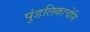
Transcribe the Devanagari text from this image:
पुंडलिकाचेनि